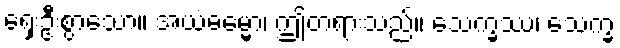
ရှေးဦးစွာသော။ အယံဓမ္မော၊ ဤတရားသည်။ သေက္ခဿ၊ သေက္ခ